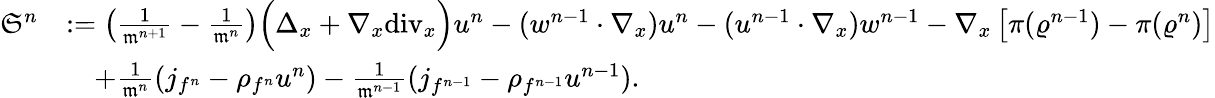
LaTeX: \begin{array}{rl}{\mathfrak{S}^{n}}&{:=\left(\frac{1}{\mathfrak{m}^{n+1}}-\frac{1}{\mathfrak{m}^{n}}\right)\Big(\Delta_{x}+\nabla_{x}\mathrm{div}_{x}\Big)u^{n}-(w^{n-1}\cdot\nabla_{x})u^{n}-(u^{n-1}\cdot\nabla_{x})w^{n-1}-\nabla_{x}\left[\pi(\varrho^{n-1})-\pi(\varrho^{n})\right]}\\ &{\quad+\frac{1}{\mathfrak{m}^{n}}(j_{f^{n}}-\rho_{f^{n}}u^{n})-\frac{1}{\mathfrak{m}^{n-1}}(j_{f^{n-1}}-\rho_{f^{n-1}}u^{n-1}).}\end{array}